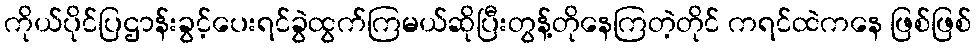
ကိုယ်ပိုင်ပြဌာန်းခွင့်ပေးရင်ခွဲထွက်ကြမယ်ဆိုပြီးတွန့်တိုနေကြတဲ့တိုင် ကရင်ထဲကနေ ဖြစ်ဖြစ်